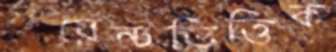
পয়েন্টভিত্তিক